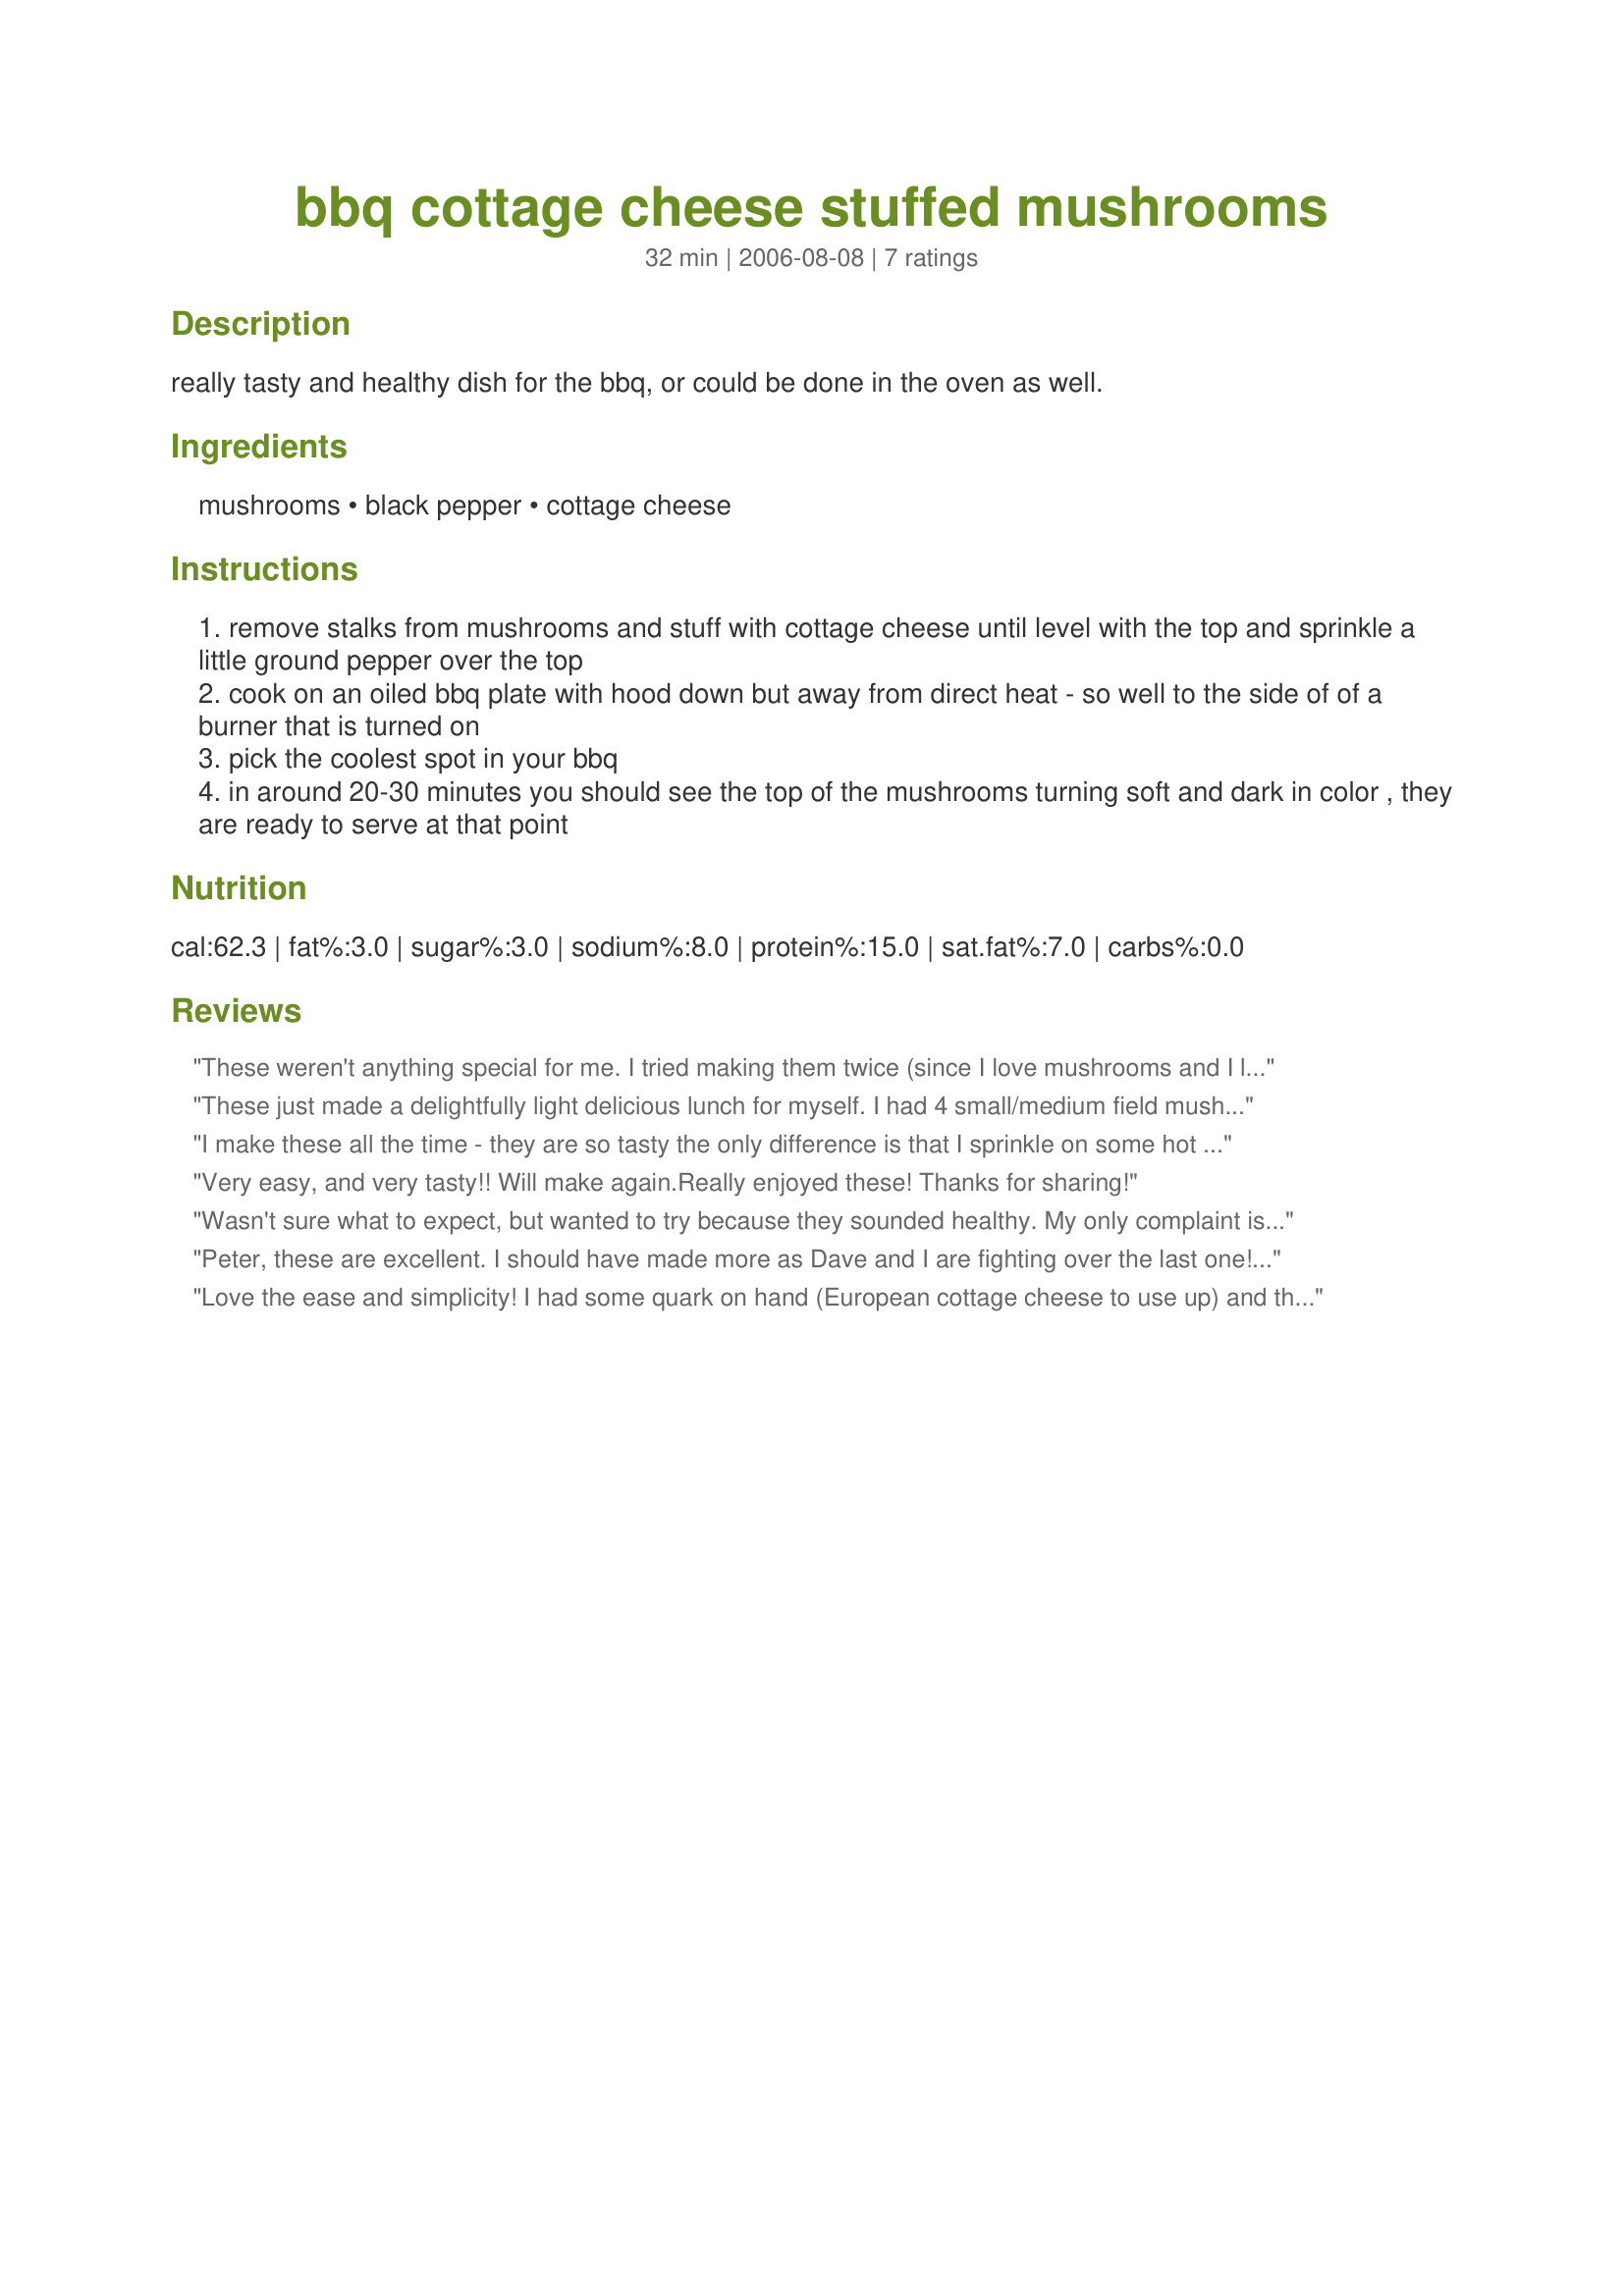
bbq cottage cheese stuffed mushrooms
Preparation time: 32 minutes

really tasty and healthy dish for the bbq, or could be done in the oven as well.

Ingredients:
mushrooms, black pepper, cottage cheese

Steps:
remove stalks from mushrooms and stuff with cottage cheese until level with the top and sprinkle a little ground pepper over the top
cook on an oiled bbq plate with hood down but away from direct heat - so well to the side of of a burner that is turned on
pick the coolest spot in your bbq
in around 20-30 minutes you should see the top of the mushrooms turning soft and dark in color , they are ready to serve at that point

Reviews:
These weren't anything special for me. I tried making them twice (since I love mushrooms and I love cottage cheese). The first time I used black pepper and the second time I used barbeque spice, but I couldn't get the spices to come through on flavor. I didn't dislike them, I just have other dishes I would prefer over them.
These just made a delightfully light delicious lunch for myself. I had 4 small/medium field mushrooms that took a 1 tablespoon of cottage cheese in each with the black pepper and a sprinkle of dried herbs and baked in the oven (180 degree C) for 15 minutes. I think it would also go well with some finely chopped chives. Thank you Peter for another mushroom recipe for my cookbook. Made for Recipe Swap #6 July 2007.
I make these all the time - they are so tasty the only difference is that I sprinkle on some hot chili flakes and usually do them in the toaster oven - heat set at 375, uncovered for apprx 20 minutes or until the cottage cheese is all bubbly and starting to brown- Thanks for reminding me to make these again Thanks for posting PeterJ

24 May 09 Made these again I had forgotten how good they are Mmmm

5 April 2010 Yep made them again - this time I had some left over chopped Jalapenos so I mixed them into the Cottage cheese Mmmmmmm- Lovely - I used very large brown mushrooms.

And yet again 23 May 10 This time I chopped a roasted garlic clove in each mushroom cap and sprinkled Adobo spice on top Love these cottage cheese stuffed muchroom
Very easy, and very tasty!! Will 
make again.Really enjoyed these!
Thanks for sharing!
Wasn't sure what to expect, but wanted to try because they sounded healthy. My only complaint is that I didn't make enough! Couldn't wait, so I started sampling them while they were on the grill, and there weren't many left when they finally were done. Have more mushrooms in the fridge, so will be making again this week. Melt in your mouth fantastic!
Peter, these are excellent. I should have made more as Dave and I are fighting over the last one! Tonight I sprinkled my mushrooms with a bit of garlic salt, covered with cottage cheese and then sprinkled the top with cayenne pepper. It's still a bit cool to be cooking outside so I cooked in the oven. Will definitely be making these again very soon.
Love the ease and simplicity! I had some quark on hand (European cottage cheese to use up) and this was perfect! Next time I can see myself adding roasted red capsicum or speck! Thanks Peter J! Made as part of the AUS/NZ May Recipe Swap!
